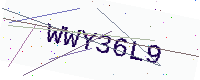
Text: WWY36L9